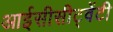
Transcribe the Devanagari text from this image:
आईसीसीट्वेंटी